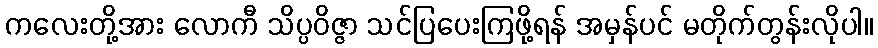
ကလေးတို့အား လောကီ သိပ္ပဝိဇ္ဇာ သင်ပြပေးကြဖို့ရန် အမှန်ပင် မတိုက်တွန်းလိုပါ။